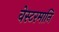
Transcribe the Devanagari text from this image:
वेस्टरमानि